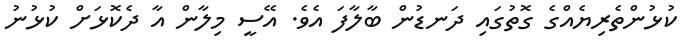
ކުޅުންތެރިޔެއްގެ ގޮތުގައި ދަނޑުން ބާލާފަ އެވެ. އޭސީ މިލާން އާ ދެކޮޅަށް ކުޅުނު